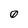
Character: 0